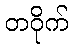
တဝိုက်